Report on the bubonic plague in Bombay, 1896-1897
Year: 1896
Disease focus: Plague
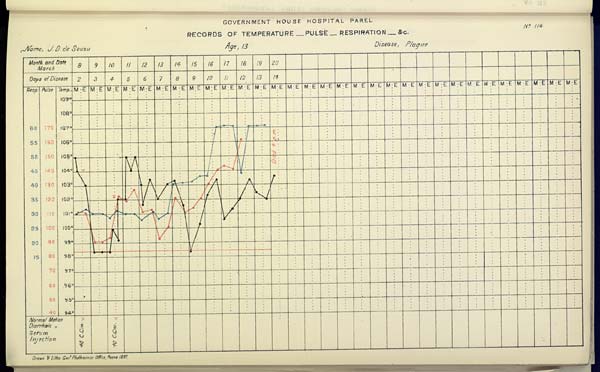
GOVERNMENT HOUSE HOSPITAL PAREL
No. 114
RECORDS OF TEMPERATURE __ PULSE __ RESPIRATION __ &c.
Name,
J.
D.
de
Souza
Age,
13
Disease,
Plague
Drawn & Litho: Govt. Photozinco: Office, Poona 1897.